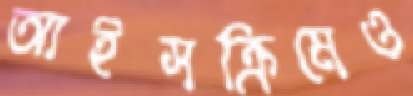
আইসক্রিমেও